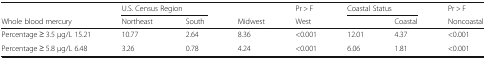
<table><thead><tr><td>[EMPTY_CELL]</td><td colspan="2"><b>U.S. Census Region</b></td><td>[EMPTY_CELL]</td><td><b>Pr &gt; F</b></td><td colspan="2"><b>Coastal Status</b></td><td><b>Pr &gt; F</b></td></tr><tr><td><b>Whole blood mercury</b></td><td><b>Northeast</b></td><td><b>South</b></td><td><b>Midwest</b></td><td><b>West</b></td><td>[EMPTY_CELL]</td><td><b>Coastal</b></td><td><b>Noncoastal</b></td></tr></thead><tbody><tr><td>Percentage ≥ 3.5 μg/L 15.21</td><td>10.77</td><td>2.64</td><td>8.36</td><td>&lt;0.001</td><td>12.01</td><td>4.37</td><td>&lt;0.001</td></tr><tr><td>Percentage ≥ 5.8 μg/L 6.48</td><td>3.26</td><td>0.78</td><td>4.24</td><td>&lt;0.001</td><td>6.06</td><td>1.81</td><td>&lt;0.001</td></tr></tbody></table>